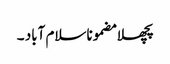
پچھلا مضموناسلام آباد ۔